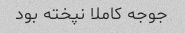
جوجه کاملا نپخته بود